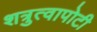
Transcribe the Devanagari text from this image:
शत्रुत्वापोटी